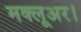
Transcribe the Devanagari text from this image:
मक्लूअर।